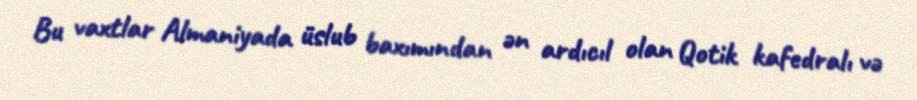
Bu vaxtlar Almaniyada üslub baxımından ən ardıcıl olan Qotik kafedralı və